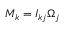
M _ { k } = I _ { k j } \Omega _ { j }